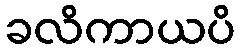
ခလိကာယပိ